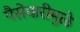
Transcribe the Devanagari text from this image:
पैसेवारीमुळे